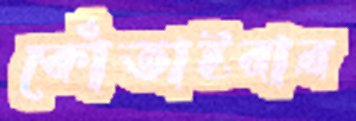
কোঁতাইবার